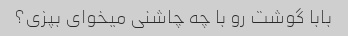
بابا گوشت رو با چه چاشنی میخوای بپزی؟